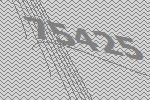
75425